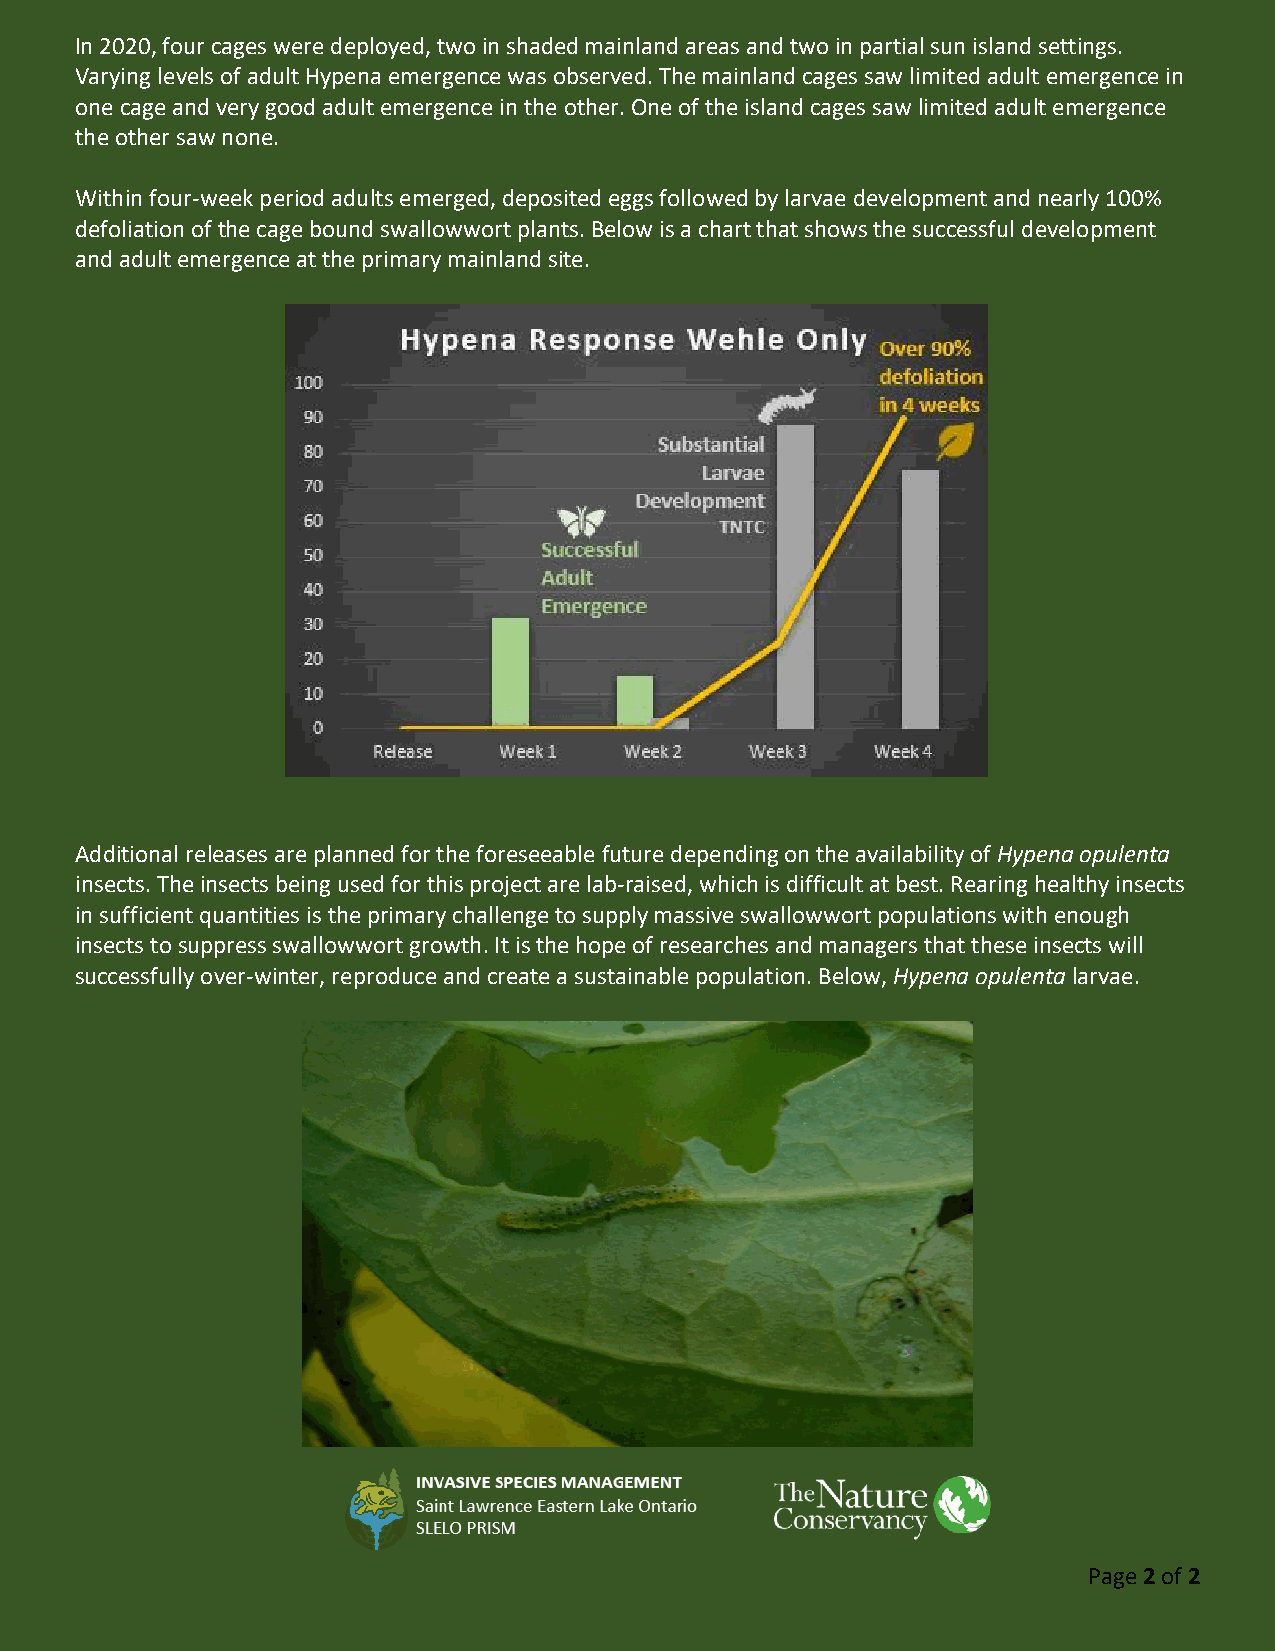
In 2020, four cages were deployed, two in shaded mainland areas and two in partial sun island settings.
 Varying levels of adult Hypena emergence was observed. The mainland cages saw limited adult emergence in
 one cage and very good adult emergence in the other. One of the island cages saw limited adult emergence
 the other saw none.
 Within four-week period adults emerged, deposited eggs followed by larvae development and nearly 100%
 defoliation of the cage bound swallowwort plants. Below is a chart that shows the successful development
 and adult emergence at the primary mainland site.
 Additional releases are planned for the foreseeable future depending on the availability of Hypena opulenta
 insects. The insects being used for this project are lab-raised, which is difficult at best. Rearing healthy insects
 in sufficient quantities is the primary challenge to supply massive swallowwort populations with enough
 insects to suppress swallowwort growth. It is the hope of researches and managers that these insects will
 successfully over-winter, reproduce and create a sustainable population. Below, Hypena opulenta larvae.
 Page 2 of 2